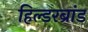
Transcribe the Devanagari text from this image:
हिल्डरब्रांड